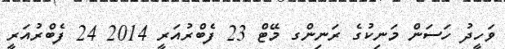
ވަހީދު ހަސަން މަނިކުގެ ރަނިންގ މޭޓް 23 ފެބްރުއަރީ 2014 24 ފެބްރުއަރީ